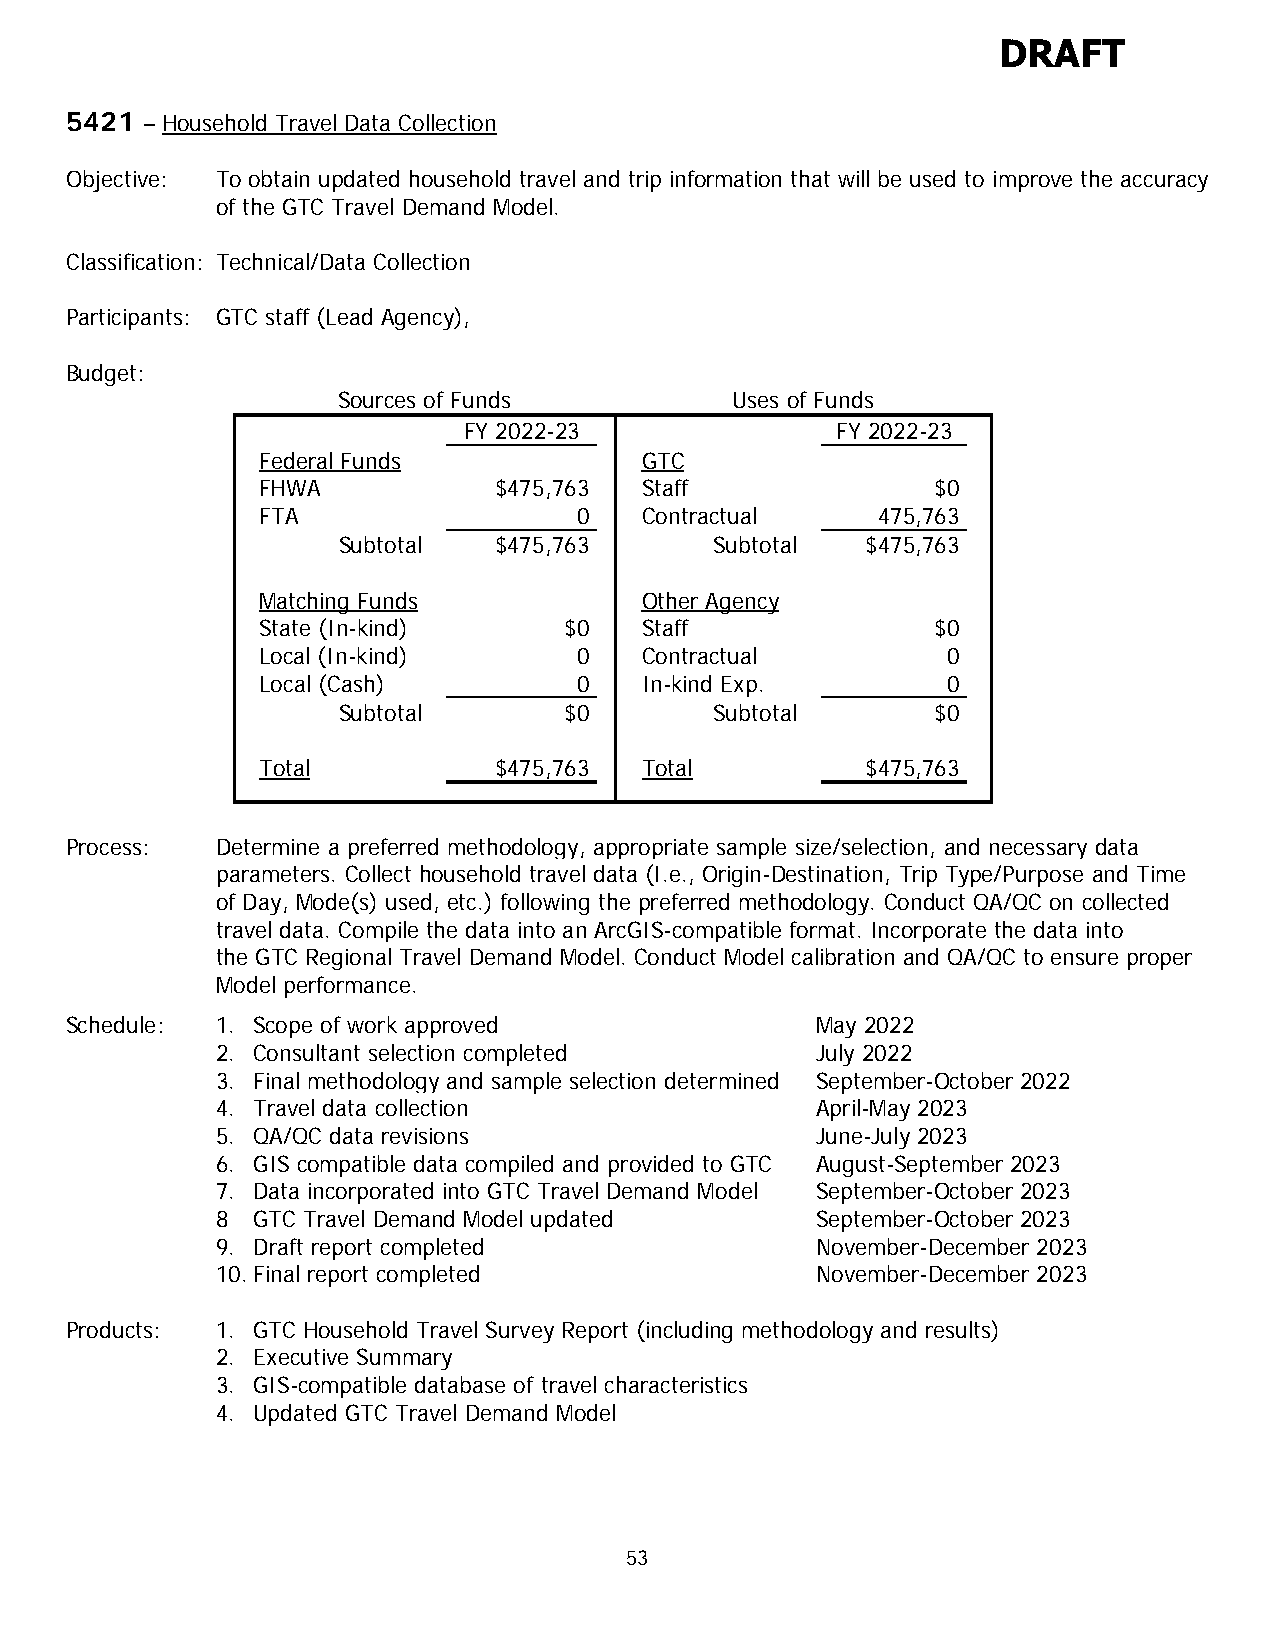
DRAFT
 5421 – Household Travel Data Collection
 Objective: To obtain updated household travel and trip information that will be used to improve the accuracy
 of the GTC Travel Demand Model.
 Classification: Technical/Data Collection
 Participants: GTC staff (Lead Agency),
 Budget:
 Sources of Funds          Uses of Funds
 FY 2022-23              FY 2022-23
 Federal Funds            GTC
 FHWA            $475,763 Staff               $0
 FTA                  0   Contractual     475,763
 Subtotal   $475,763      Subtotal  $475,763
 Matching Funds           Other Agency
 State (In-kind)     $0   Staff               $0
 Local (In-kind)      0   Contractual          0
 Local (Cash)         0   In-kind Exp.         0
 Subtotal       $0        Subtotal       $0
 Total           $475,763 Total          $475,763
 Process:  Determine a preferred methodology, appropriate sample size/selection, and necessary data
 parameters. Collect household travel data (I.e., Origin-Destination, Trip Type/Purpose and Time
 of Day, Mode(s) used, etc.) following the preferred methodology. Conduct QA/QC on collected
 travel data. Compile the data into an ArcGIS-compatible format. Incorporate the data into
 the GTC Regional Travel Demand Model. Conduct Model calibration and QA/QC to ensure proper
 Model performance.
 Schedule: 1. Scope of work approved               May 2022
 2. Consultant selection completed       July 2022
 3. Final methodology and sample selection determined September-October 2022
 4. Travel data collection               April-May 2023
 5. QA/QC data revisions                 June-July 2023
 6. GIS compatible data compiled and provided to GTC August-September 2023
 7. Data incorporated into GTC Travel Demand Model September-October 2023
 8  GTC Travel Demand Model updated      September-October 2023
 9. Draft report completed               November-December 2023
 10. Final report completed              November-December 2023
 Products: 1. GTC Household Travel Survey Report (including methodology and results)
 2. Executive Summary
 3. GIS-compatible database of travel characteristics
 4. Updated GTC Travel Demand Model
 53